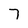
Character: 7